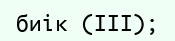
биік (III);